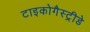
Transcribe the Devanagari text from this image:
टाइकोगैस्ट्रीडे